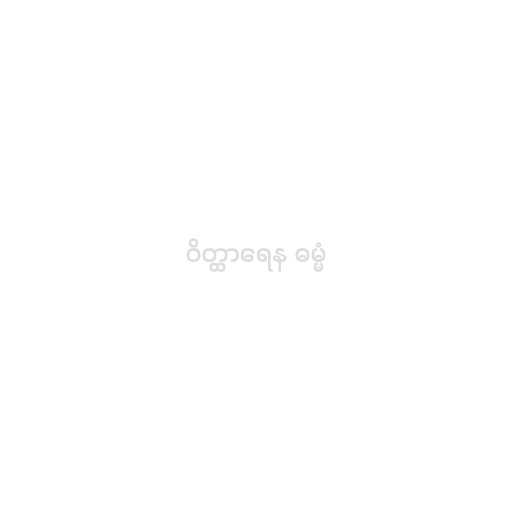
ဝိတ္ထာရေန ဓမ္မံ